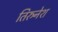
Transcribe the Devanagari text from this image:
तिरुनेश